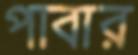
পাবার